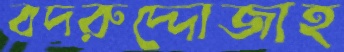
বদরুদ্দোজাহ